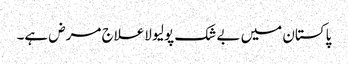
پاکستان میں بے شک پولیو لاعلاج مرض ہے۔